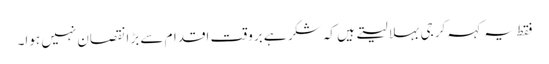
فقط یہ کہہ کر جی بہلا لیتے ہیں کہ شکر ہے بروقت اقدام سے بڑا نقصان نہیں ہوا۔